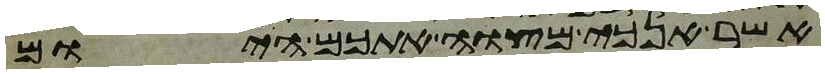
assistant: אשר אנכי מצוה אתכם היום